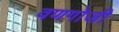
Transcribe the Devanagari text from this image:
वणगोजी